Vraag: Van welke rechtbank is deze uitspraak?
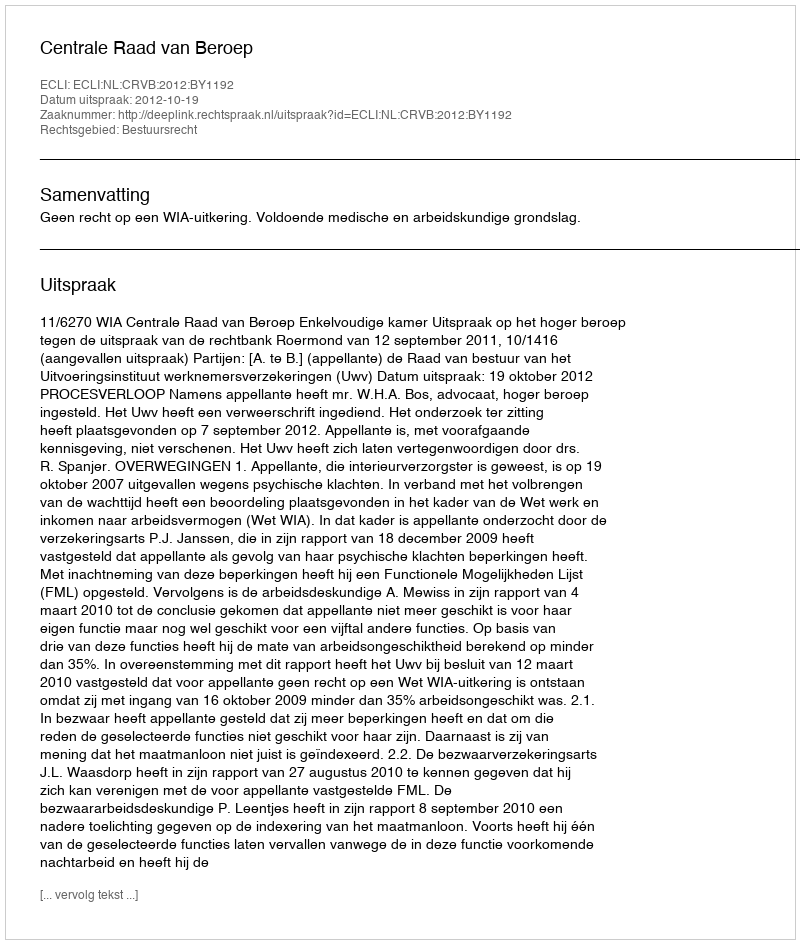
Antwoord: Centrale Raad van Beroep